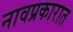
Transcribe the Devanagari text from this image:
नावप्रकारात